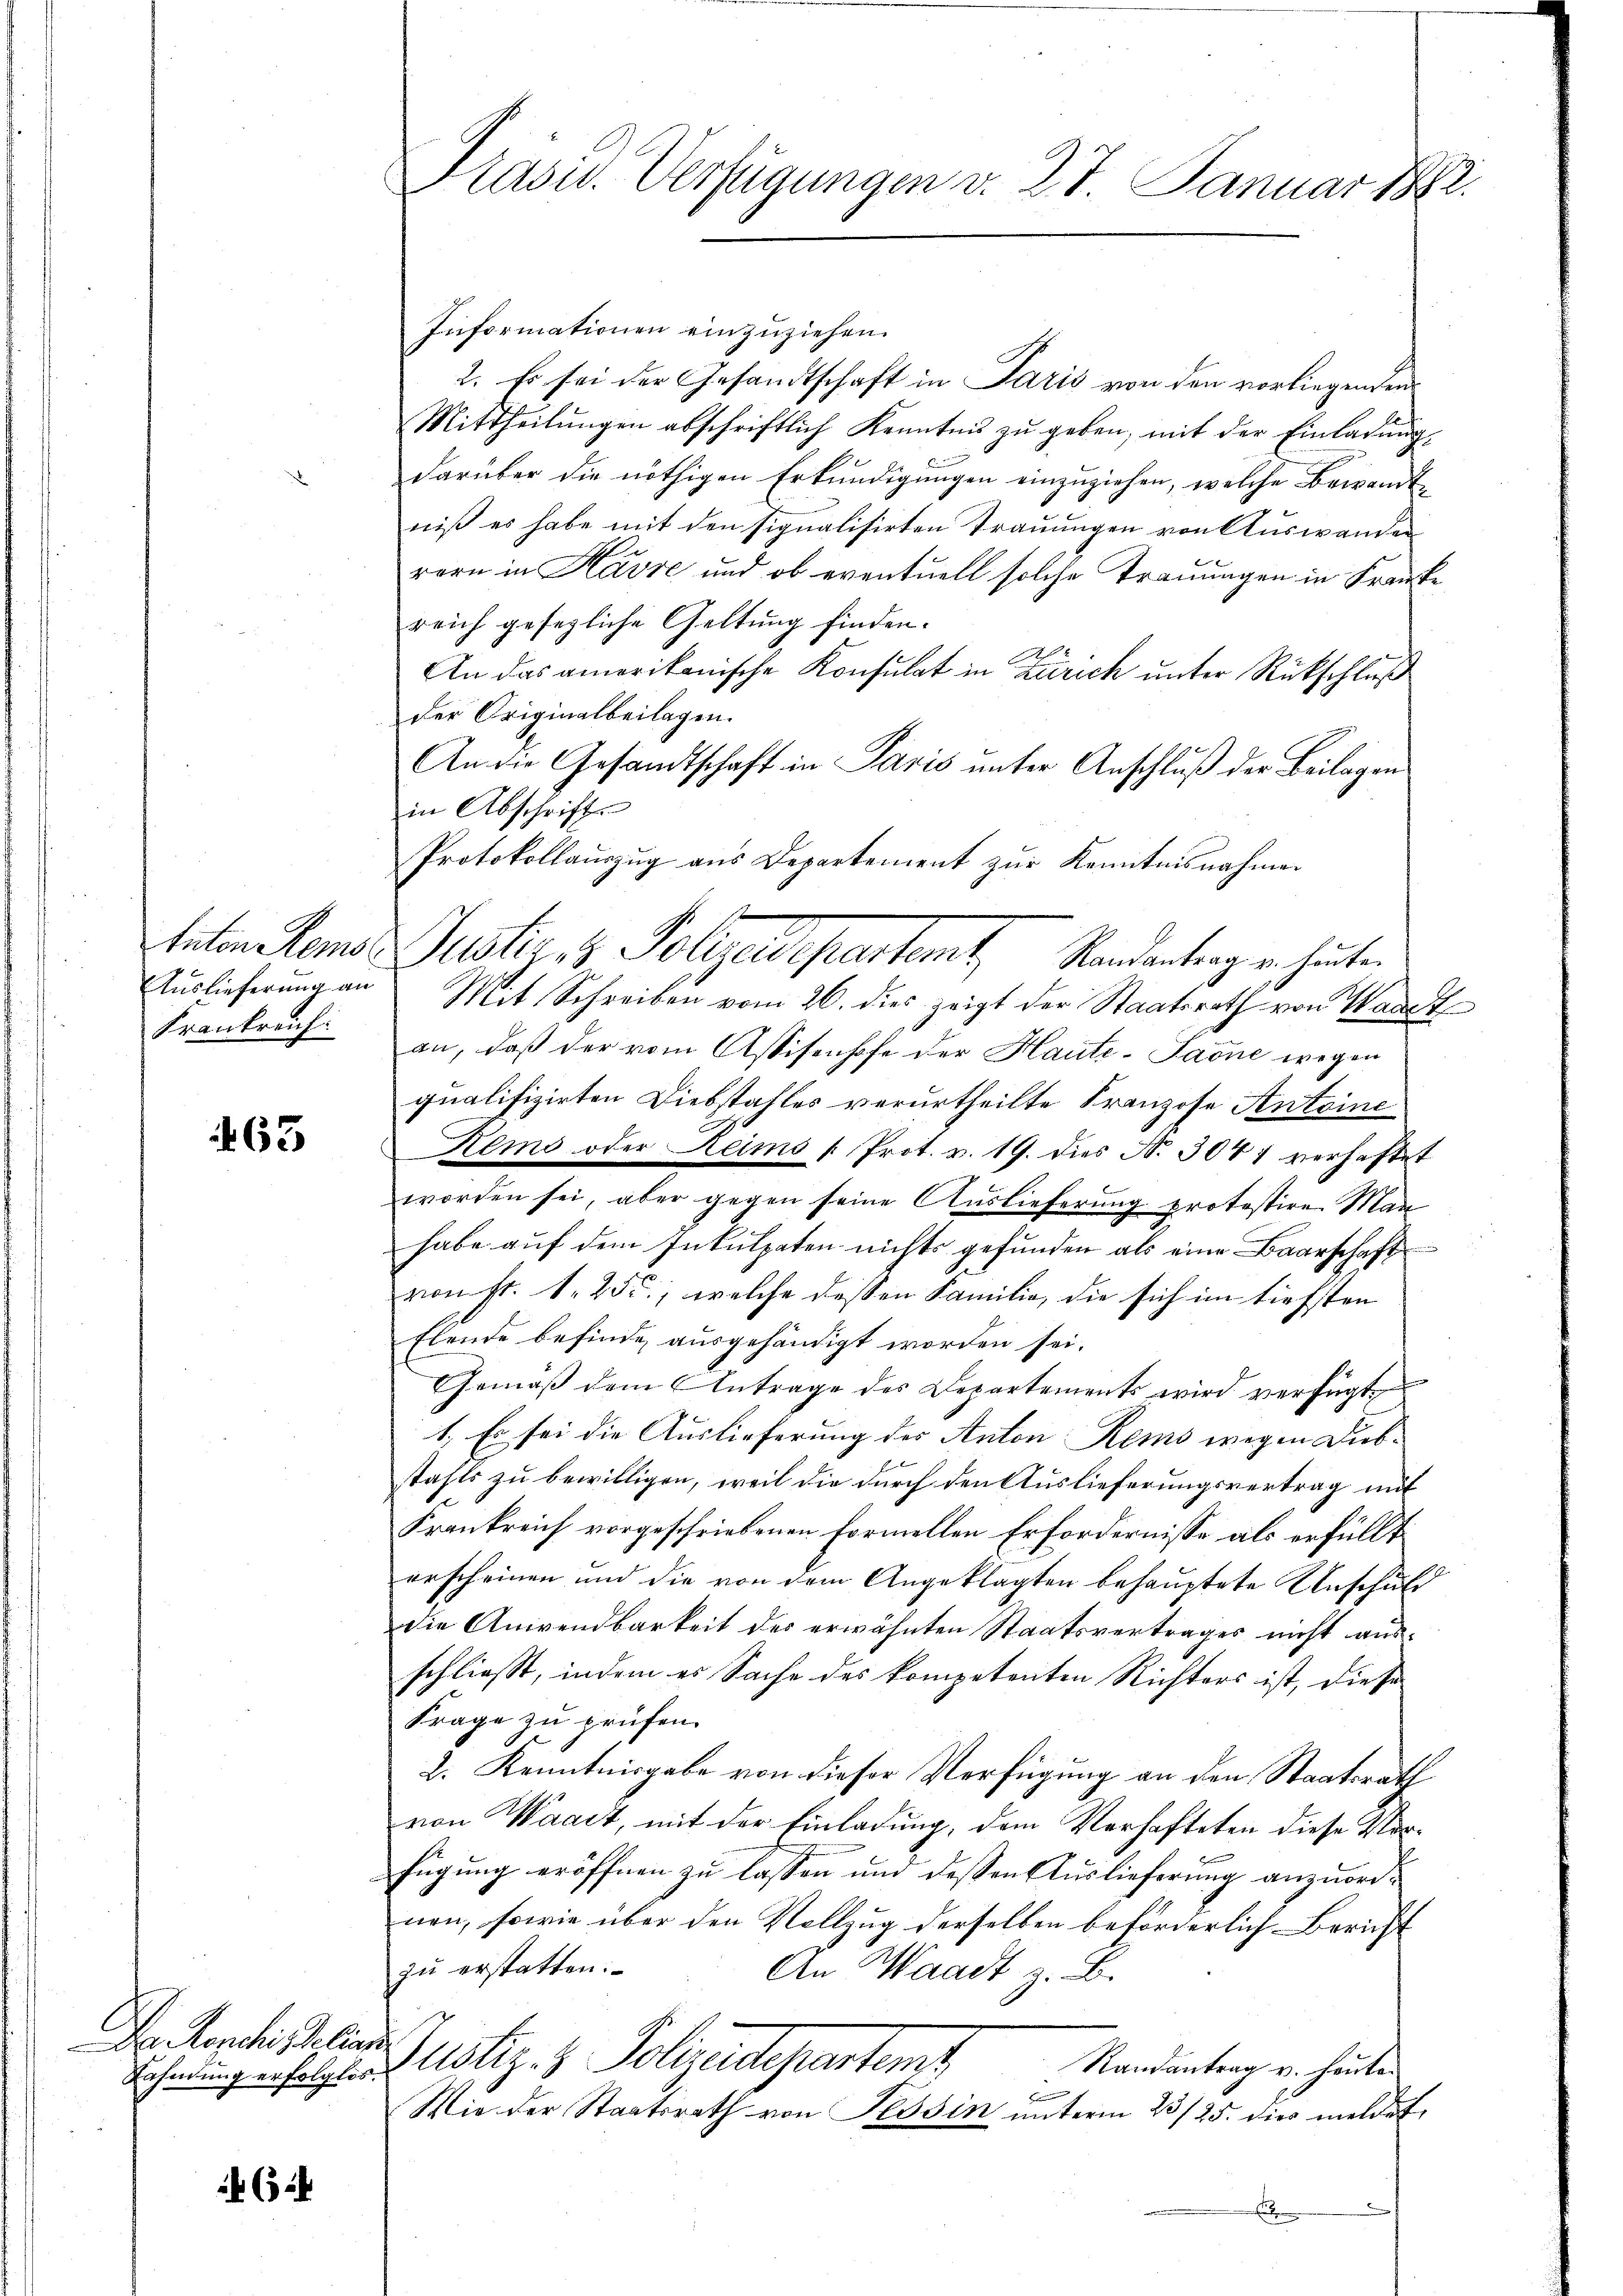
Auslieferung an
Frankreich:

463

Ronchi dellen.
Fahndung erfolglos.

64

Präsid. Verfügungen v. 27. Januar 1882

Informationen einzuziehen.
2. Es sei der Gesandtschaft in Paris von den vorliegenden
Mittheilŭngen abschriftlich Kenntnis zŭ geben, mit der Einladŭng
darüber die nöthigen Erkundigungen einzuziehen, welche Bewandtniß es habe mit den signalisirten Trauungen von Auswanden
rern in Kavre und ob eventuell solche Trauungen in Franke
reich gesezliche Geltung finden.
An das amerikanische Konsulat in Zürich unter Rückschluß
der Originalbeilagen.
An die Gesandtschaft in Paris unter Anschluß der Beilagens
in Abschrift
Protokollauszug aus Departement zur Kenntnisnahmen
tten dens Justig, 3 Polizeidepartemt, Randantrag er heute.
Mit Schreiben vom 26. dies zeigt der Staatsrath von Waadt
an, daß der vom Assisenhofe der Haute-Saone wegen
qualifizirten Diebstahles verurtheilte Franzose Antoine
Kems oder Reims [Prot. v. 19. dies N. 3047 verhaftet
worden sei, aber gegen seine Auslieferung protestire Man
habe auf dem Inkulpaten nichts gefunden als eine Baarschaft
von fl. 1. 25, welche dessen Familie, die sich im tiefsten
Elende befinde ausgehändigt worden sei.
Gemäβ dem Antrage des Departements wird verfügt,
1. Es sei die Auslieferung des Anton Rems wegen Dubstahls zu bewilligen, weil die durch den Auslieferungsvertrag mit
Krankreich vorgeschriebenen Formellen Erfordernisse als erfüllt
erscheinen und die von dem Angeklagten behauptete Anschuld
die Anwendbarkeit des erwähnten Staatsvertrages nicht aus-
schließt, indem es Sache des kompetenten Richters ist, diese
Frage zu prüfen.
2. Kenntnisgabe von dieser Verfügung an den Staatsrath
von Waadt, mit der Einladung, dem Verhafteten diese Vorfügung eröffnen zu lassen und dessen Auslieferung anzuordnen, sowie über den Vollzug derselben beförderlich Bericht
zu erstatten:
An Waadt z. B.
Justiz- & Polizeidepartemt
Randantrag v. heuten
Brunnen
Wie der Staatsrath von Tessin unterm 23/25. dies meldet
.